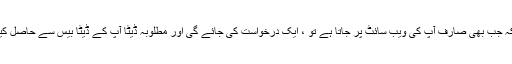
متحرک مواد کا تکنیکی معنی یہ ہے کہ جب بھی صارف آپ کی ویب سائٹ پر جاتا ہے تو ، ایک درخواست کی جائے گی اور مطلوبہ ڈیٹا آپ کے ڈیٹا بیس سے حاصل کیا جائے گا تاکہ وہ ان کی خدمت کریں۔